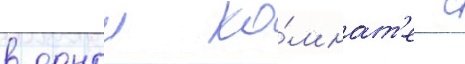
в однои ко́мнат'е с